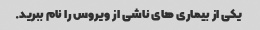
یکی از بیماری های ناشی از ویروس را نام ببرید.